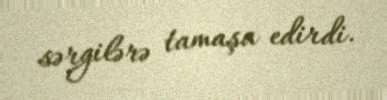
sərgilərə tamaşa edirdi.